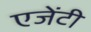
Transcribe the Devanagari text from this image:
एजेंटी